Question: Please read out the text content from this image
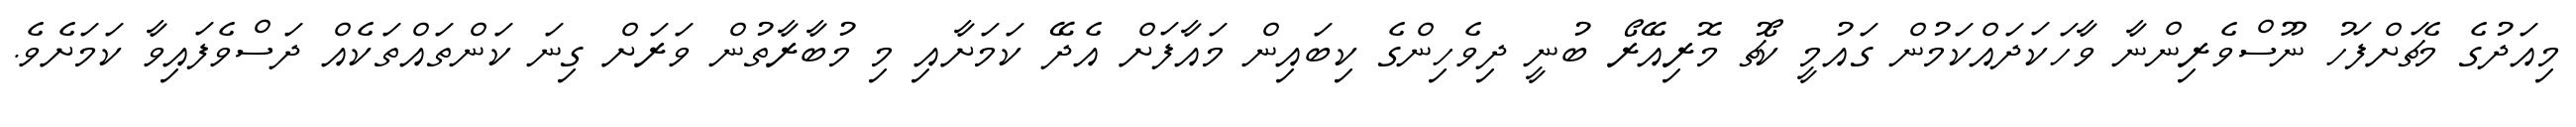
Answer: މިއަދުގެ މެޗަށްފަހު ނޫސްވެރިންނާ ވާހަކަދައްކަމުން ގައުމީ ކޯޗު މޮރިއޭރޯ ބުނީ ދިވެހިންގެ ކިބައިން މައާފަށް އެދޭ ކަމަށާއި މި މުބާރާތުން ވަރަށް ގިނަ ކަންތައްތަކެއް ދަސްވެފައިވާ ކަމަށެވެ.